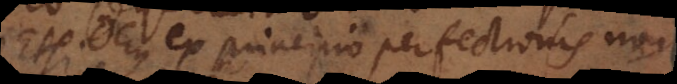
Etsi Deus ex principio perfectionis non